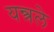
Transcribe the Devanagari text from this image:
यन्त्रले